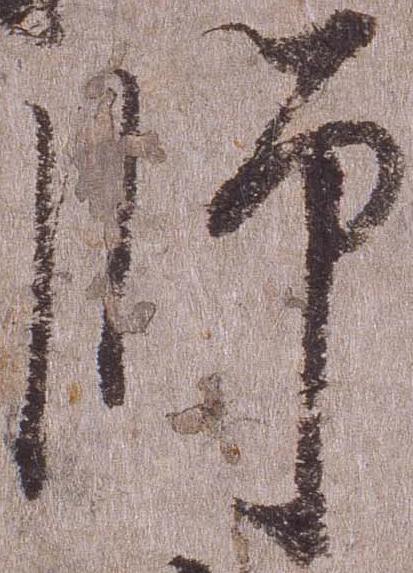
師